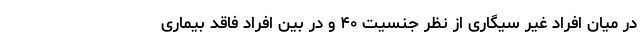
در میان افراد غیر سیگاری از نظر جنسیت ۴۰ و در بین افراد فاقد بیماری